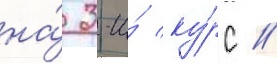
на́ 3-и́ ку́рс //